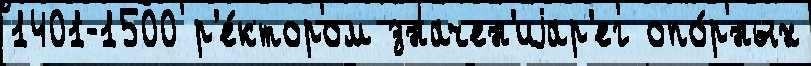
1401-1500 р'е́ктором значен'иjар'ег опо́рных